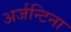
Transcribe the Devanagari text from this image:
अर्जन्टिना